Indian journal of veterinary science and animal husbandry - Volume 2,
Year: 1932
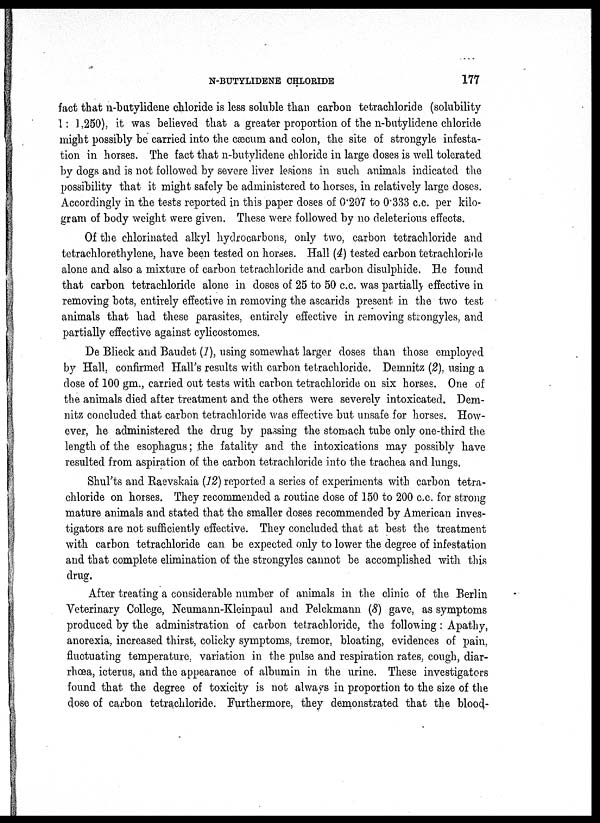
N-BUTYLIDENE CHLORIDE
177
fact that n-butylidene chloride is less soluble than carbon tetrachloride (solubility
1; 1,250), it was believed that a greater proportion of the n-butylidene chloride
might possibly be carried into the cæcum and colon, the site of strongyle infesta-
tion in horses. The fact that n-butylidene chloride in large doses is well tolerated
by dogs and is not followed by severe liver lesions in such animals indicated the
possibility that it might safely be administered to horses, in relatively large doses.
Accordingly in the tests reported in this paper doses of 0.207 to 0.333 c.c. per kilo-
gram of body weight were given. These were followed by no deleterious effects.
Of the chlorinated alkyl hydrocarbons, only two, carbon tetrachloride and
tetrachlorethylene, have been tested on horses. Hall (4) tested carbon tetrachloride
alone and also a mixture of carbon tetrachloride and carbon disulphide. He found
that carbon tetrachloride alone in doses of 25 to 50 c.c. was partially effective in
removing bots, entirely effective in removing the ascarids present in the two test
animals that had these parasites, entirely effective in removing strongyles. and
partially effective against cylicostomes.
De Blieck and Baudet (1), using somewhat larger doses than those employed
by Hall, confirmed Hall's results with carbon tetrachloride. Demnitz (2), using a
dose of 100 gm., carried out tests with carbon tetrachloride on six horses. One of
the animals died after treatment and the others were severely intoxicated. Dem-
nitz concluded that carbon tetrachloride was effective but unsafe for horses. How-
ever, he administered the drug by passing the stomach tube only one-third the
length of the esophagus; the fatality and the intoxications may possibly have
resulted from aspiration of the carbon tetrachloride into the trachea and lungs.
Shul'ts and Raevskaia (12) reported a series of experiments with carbon tetra-
chloride on horses. They recommended a routine dose of 150 to 200 c.c. for strong
mature animals and stated that the smaller doses recommended by American inves-
tigators are not sufficiently effective. They concluded that at best the treatment
with carbon tetrachloride can be expected only to lower the degree of infestation
and that complete elimination of the strongyles cannot be accomplished with this
drug.
After treating a considerable number of animals in the clinic of the Berlin
Veterinary College, Neumann-Kleinpaul and Pelckmann (8) gave, as symptoms
produced by the administration of carbon tetrachloride, the following: Apathy,
anorexia, increased thirst, colicky symptoms, tremor, bloating, evidences of pain,
fluctuating temperature, variation in the pulse and respiration rates, cough, diar-
rhœa, icterus, and the appearance of albumin in the urine. These investigators
found that the degree of toxicity is not always in proportion to the size of the
dose of carbon tetrachloride. Furthermore, they demonstrated that the blood-